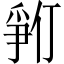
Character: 𪺓